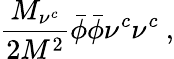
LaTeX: \frac{M_{\nu^{c}}}{2M^{2}}\bar{\phi}\bar{\phi}\nu^{c}\nu^{c}~,